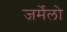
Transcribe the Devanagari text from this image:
जर्मेलो